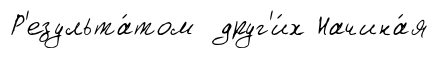
Р'езульта́том друг'и́х Начина́я